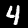
Digit: 4